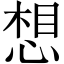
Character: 想